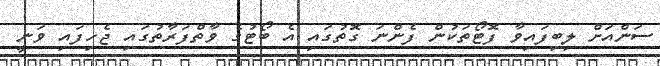
ސަންއަށް ލިބިފައިވާ ފޮޓޯތަކުން ފެންނަ ގޮތުގައި އެ ބޯޓުގެ ވާތްފަރާތުގައި ޖެހިފައި ވަނީ